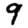
Digit: 9